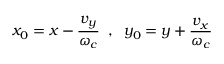
x _ { 0 } = x - \frac { v _ { y } } { \omega _ { c } } \; \; , \; \; y _ { 0 } = y + \frac { v _ { x } } { \omega _ { c } }